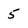
Character: 5